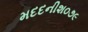
મદદનીશ૦૭૯